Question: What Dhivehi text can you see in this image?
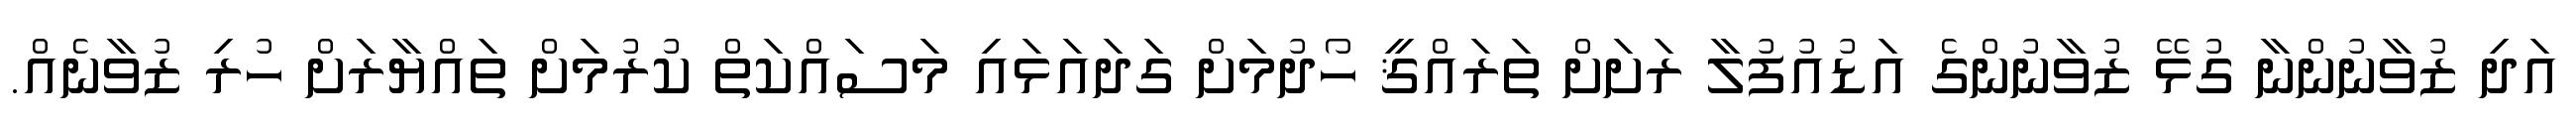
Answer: އަދި ޒުވާނުންނާ ގުޅޭ ޒުވާނުންގެ އަޑުއުފުލާ ރަށަށް ތަރައްޤީ ހޯދުމަށް ގަދައަޅައި މަސައްކަތް ކުރުމަށް ތައްޔާރަށް ހުރި ޒުވާނެއް.